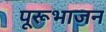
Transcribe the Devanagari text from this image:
पूरूभाजन